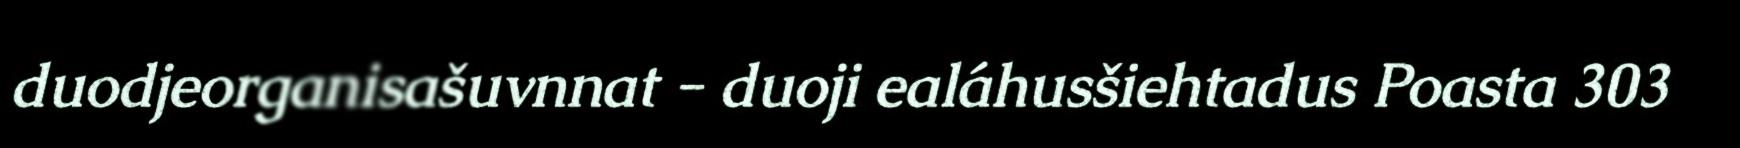
duodjeorganisašuvnnat - duoji ealáhusšiehtadus Poasta 303